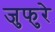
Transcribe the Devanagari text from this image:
जुफुरे